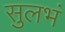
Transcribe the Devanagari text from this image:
सुलभं